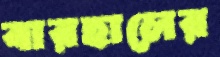
বারহালের